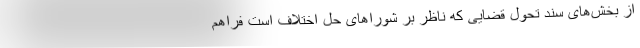
از بخش‌های سند تحول قضایی که ناظر بر شوراهای حل اختلاف است فراهم